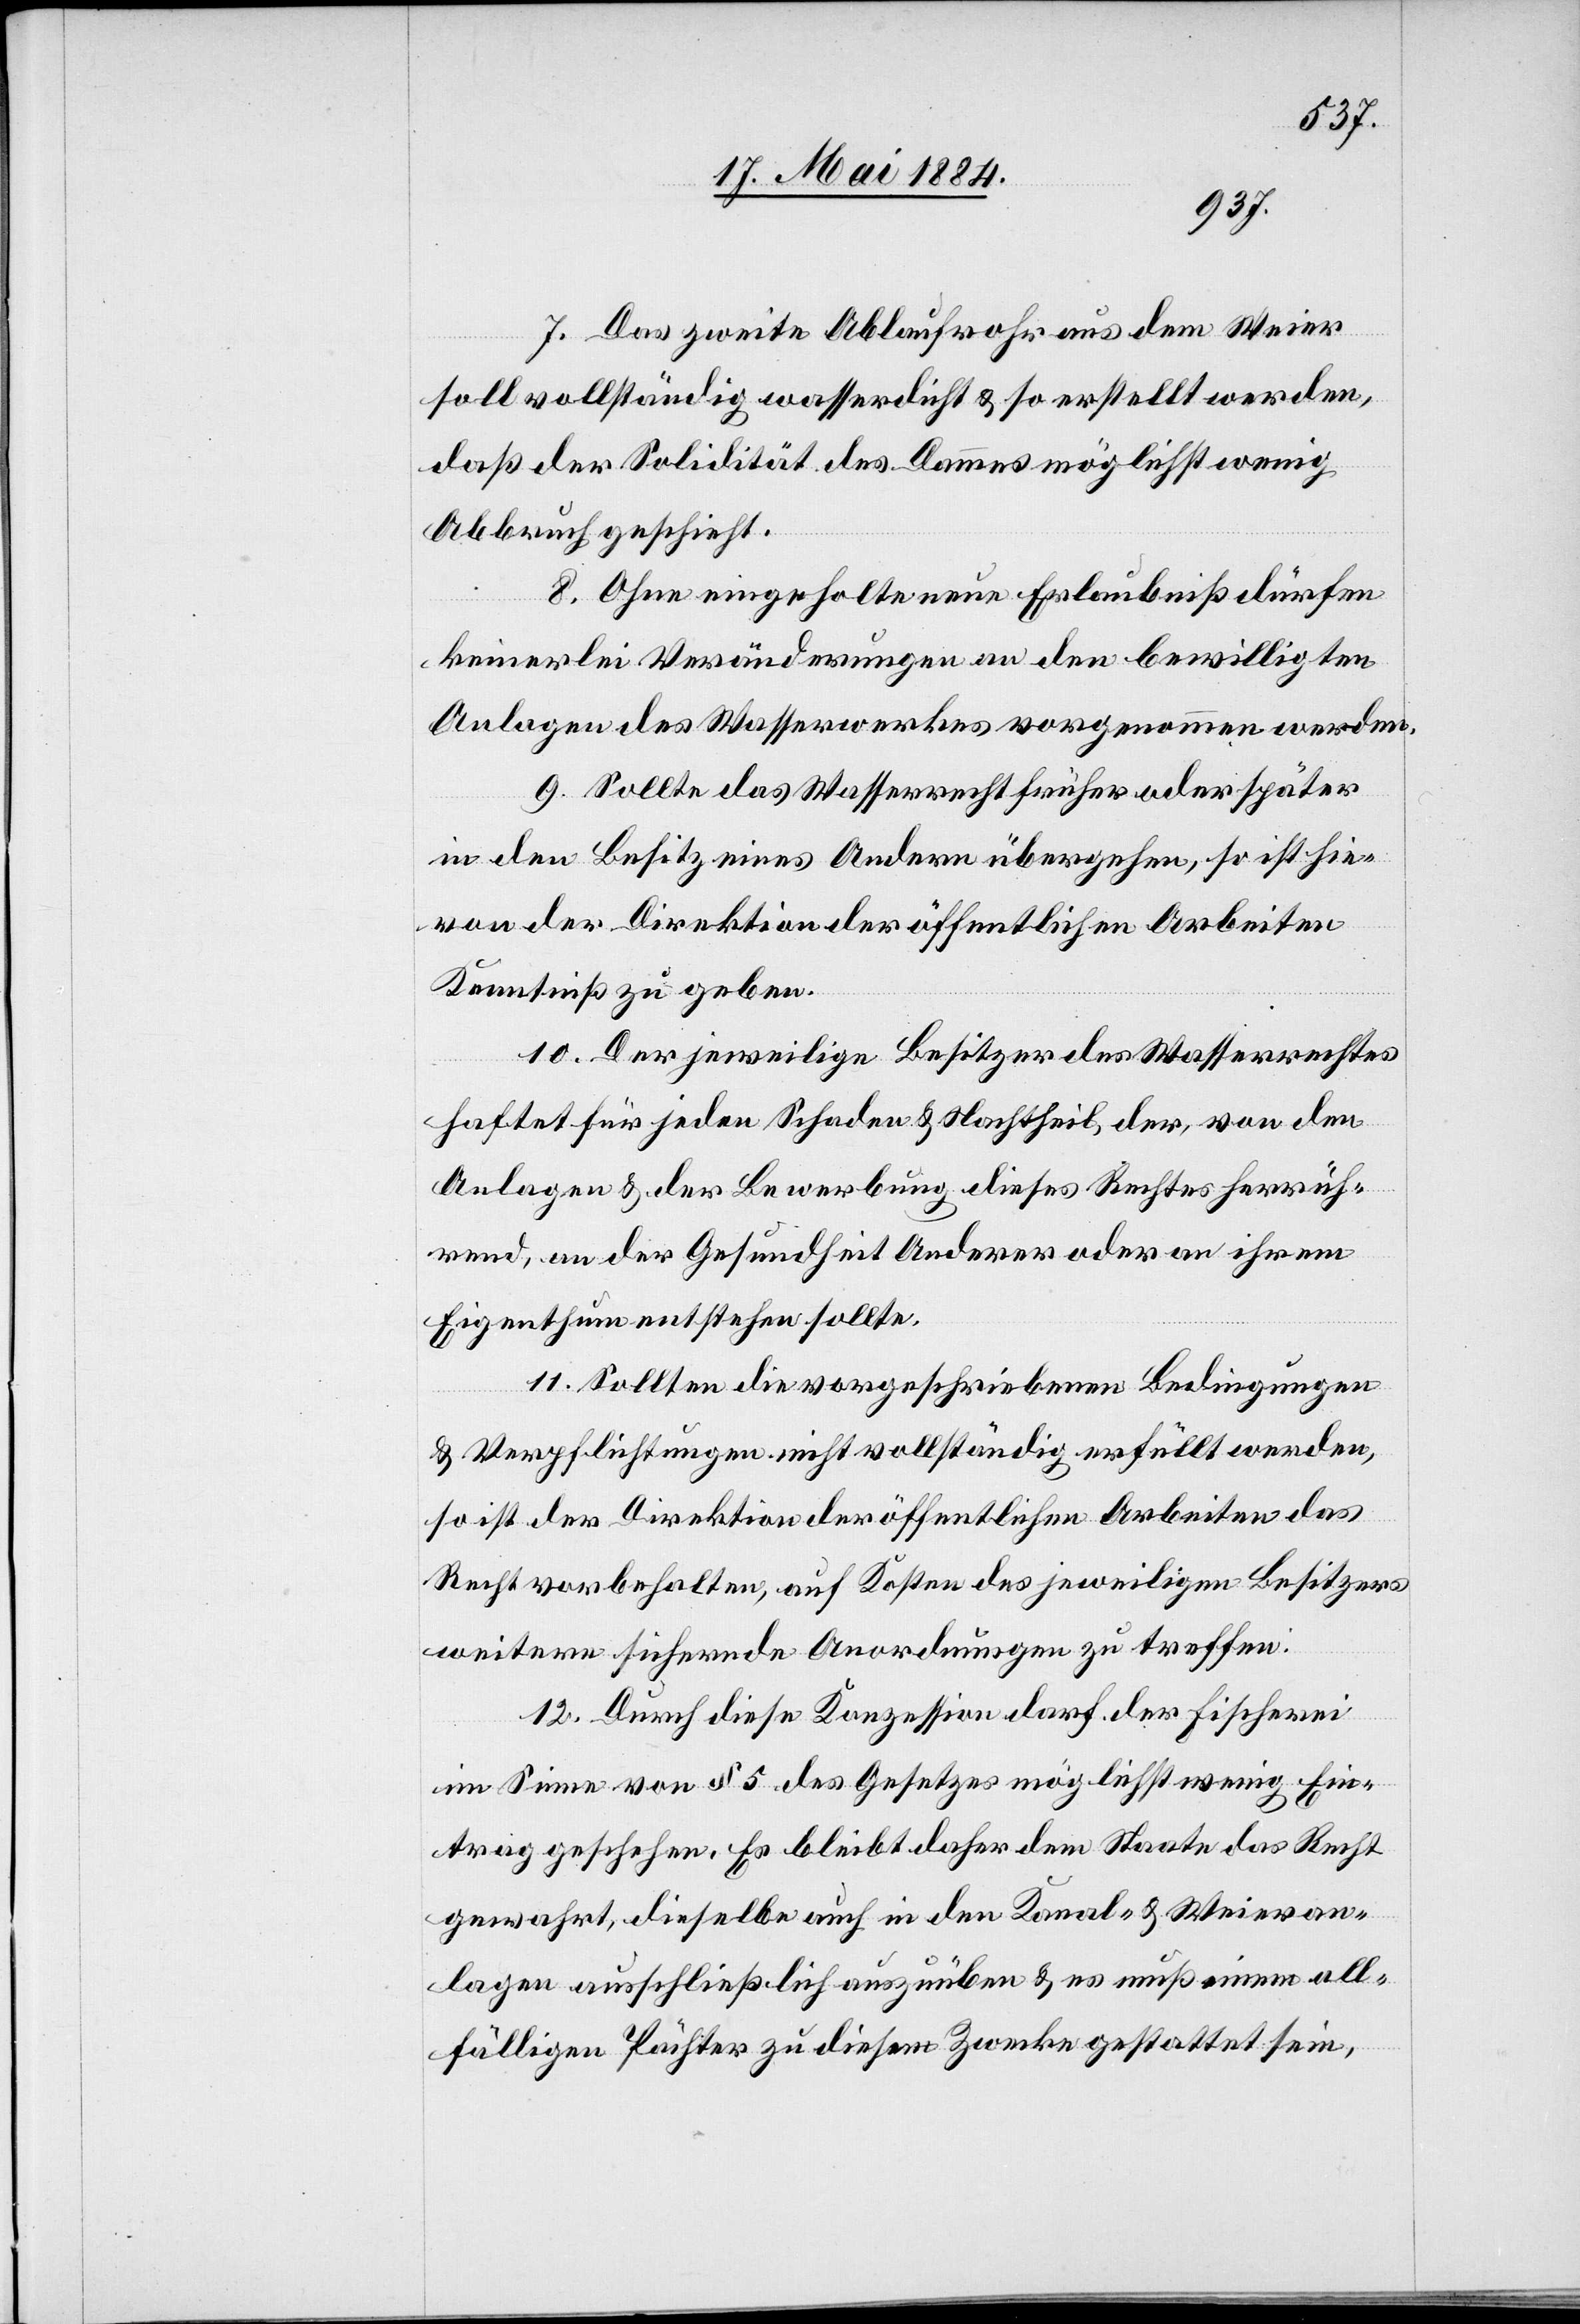
7. Das zweite Ablaufrohr aus dem Weier
soll vollständig wasserdicht & so erstellt werden,
daß der Solidität des Dammes möglichst wenig
Abbruch geschieht.
8. Ohne eingeholte neue Erlaubniß dürfen
keinerlei Veränderungen an den bewilligten
Anlagen des Wasserwerkes vorgenommen werden.
9. Sollte das Wasserrecht früher oder später
in den Besitz eines Andern übergehen, so ist hie¬
von der Direktion der öffentlichen Arbeiten
Kenntniß zu geben.
10. Der jeweilige Besitzer des Wasserrechtes
haftet für jeden Schaden & Nachtheil der, von den
Anlage & der Bewerbung dieses Rechtes herrüh¬
rend, an der Gesundheit Anderer oder an ihrem
Eigenthum entstehen sollte.
11. Sollten die vorgeschriebenen Bedingungen
& Verpflichtungen nicht vollständig erfüllt werden,
so ist der Direktion der öffentlichen Arbeiten das
Recht vorbehalten, auf Kosten des jeweiligen Besitzers
weitere sichernde Anordnungen zu treffen.
12. Durch diese Konzession darf der Fischerei
im Sinne von § 5 des Gesetzes möglichst wenig Ein¬
trag geschehen. Es bleibt daher dem Staate das Recht
gewahrt, dieselbe auch in den Kanal- & Weieran¬
lagen ausschließlich auszuüben & es muß einem all¬
fälligen Pächter zu diesem Zwecke gestattet sein,